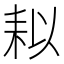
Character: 䎣